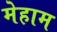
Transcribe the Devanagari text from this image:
मेहाम